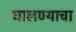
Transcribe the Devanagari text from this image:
घालण्‍याचा